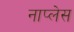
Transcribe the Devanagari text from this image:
नाप्लेस